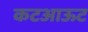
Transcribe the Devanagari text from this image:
कटआऊट